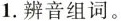
1. 辨音组词。